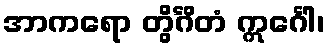
အာကရော တွိင်္ဂိတံ ဣင်္ဂေါ၊